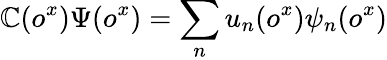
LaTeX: \mathbb{C}(o^{x})\Psi(o^{x})=\sum_{n}u_{n}(o^{x})\psi_{n}(o^{x})